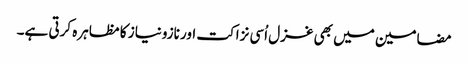
مضامین میں بھی غزل اُسی نزاکت اور نازونیاز کا مظاہرہ کرتی ہے۔